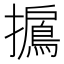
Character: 𢸐